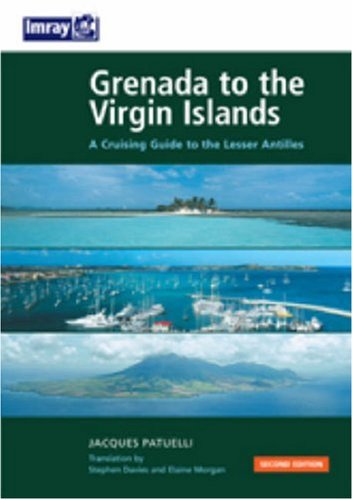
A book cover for Grenada to the Virgin Islands 2nd Ed. (Imray Cruising Guide); Jacques Patuelli; Travel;